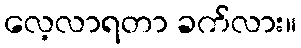
လေ့လာရတာ ခက်လား။